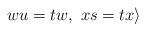
LaTeX: \begin{align*}wu=tw,~xs=tx\rangle\end{align*}